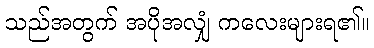
သည်အတွက် အပိုအလျှံ ကလေးများရ၏။